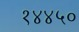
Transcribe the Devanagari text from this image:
१४४५०